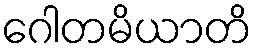
ဂေါတမိယာတိ